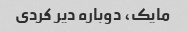
مایک، دوباره دیر کردی